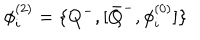
LaTeX: \phi _ { i } ^ { ( 2 ) } = \{ Q ^ { - } , [ { \bar { Q } } ^ { - } , \phi _ { i } ^ { ( 0 ) } ] \}